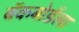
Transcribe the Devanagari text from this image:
बॅकबोर्डला